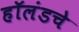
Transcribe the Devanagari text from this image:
हॉलंडचे